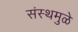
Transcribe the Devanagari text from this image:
संस्थमुळे